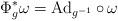
LaTeX: \begin{align*}\Phi_g^*\omega=\operatorname{Ad}_{g^{-1}}\circ\,\omega\end{align*}